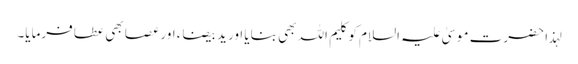
لہذا حضرت موسیٰ علیہ السلام کو کلیم اللہ بھی بنایا اور یدِ بیضاء اور عصا بھی عطا فرمایا۔